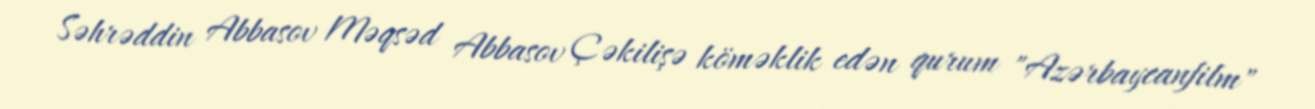
Səhrəddin Abbasov Məqsəd Abbasov Çəkilişə köməklik edən qurum "Azərbaycanfilm"